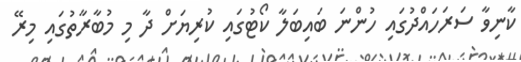
ކާނިވާ ސަރަހައްދުގައި ހުންނަ ބައިބަލާ ކޯޓުގައި ކުރިޔަށް ދާ މި މުބާރާތުގައި މިރޭ